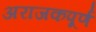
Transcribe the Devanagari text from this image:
अराजकपूर्ण